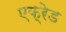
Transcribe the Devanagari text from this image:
एफ्रेड